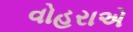
વોહરાએ